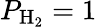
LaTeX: P_{\mathrm{H_{2}}}=1